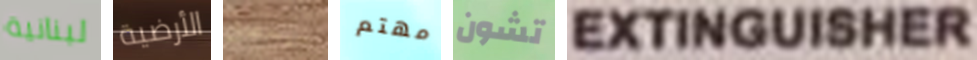
لبنانية الأرضية سيحصل مهتم تشون EXTINGUISHER